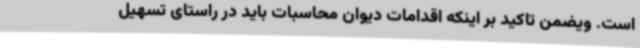
است. ویضمن تاکید بر اینکه اقدامات دیوان محاسبات باید در راستای تسهیل